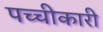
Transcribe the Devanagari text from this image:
पच्‍चीकारी